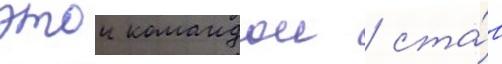
этои командои / ста́в